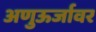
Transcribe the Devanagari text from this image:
अणुऊर्जावर